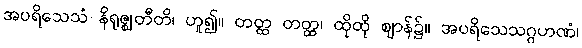
အပရိသေသံ နိရုဇ္ဈတီတိ၊ ဟူ၍။ တတ္ထ တတ္ထ၊ ထိုထို ဈာန်၌။ အပရိသေသဂ္ဂဟဏံ၊